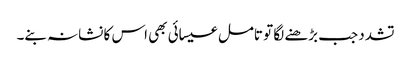
تشدد جب بڑھنے لگا تو تامل عیسائی بھی اس کا نشانہ بنے۔